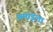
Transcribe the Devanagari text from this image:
अमांड्ला